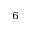
_ 6